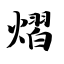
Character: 熠